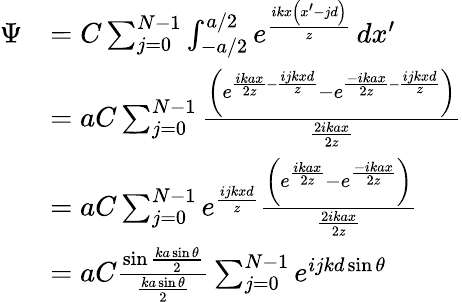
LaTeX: {\begin{array}{rl}{\Psi}&{=C\sum_{j=0}^{N-1}\int_{-{a}/{2}}^{{a}/{2}}e^{\frac{ikx\left(x^{\prime}-jd\right)}{z}}\, dx^{\prime}}\\ &{=aC\sum_{j=0}^{N-1}{\frac{\left(e^{{\frac{ikax}{2z}}-{\frac{ijkxd}{z}}}-e^{{\frac{-ikax}{2z}}-{\frac{ijkxd}{z}}}\right)}{\frac{2ikax}{2z}}}}\\ &{=aC\sum_{j=0}^{N-1}e^{\frac{ijkxd}{z}}{\frac{\left(e^{\frac{ikax}{2z}}-e^{\frac{-ikax}{2z}}\right)}{\frac{2ikax}{2z}}}}\\ &{=aC{\frac{\sin{\frac{ka\sin\theta}{2}}}{\frac{ka\sin\theta}{2}}}\sum_{j=0}^{N-1}e^{ijkd\sin\theta}}\end{array}}